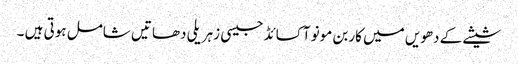
شیشے کے دھویں میں کاربن مونو آکسائڈ جیسی زہریلی دھاتیں شامل ہوتی ہیں ۔